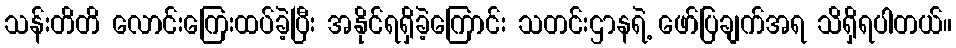
သန်းတိတိ လောင်းကြေးထပ်ခဲ့ပြီး အနိုင်ရရှိခဲ့ကြောင်း သတင်းဌာနရဲ့ ဖော်ပြချက်အရ သိရှိရပါတယ်။